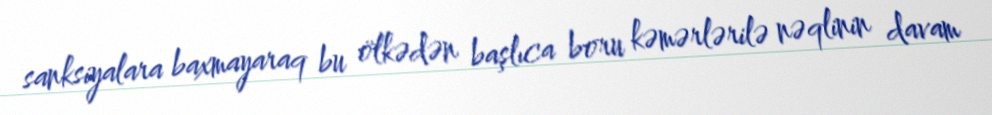
sanksiyalara baxmayaraq bu ölkədən başlıca boru kəmərlərilə nəqlinin davam